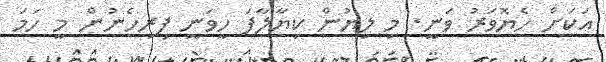
އަކަށް ހެޔޮވަރު ވަނީ. މި ލިޔުން ކިޔާލާފަ ހީވަނީ ފިރިހެނުން މީ ހަމަ